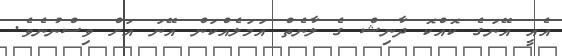
އެއީ އޭނަގެ ކޮއްކޮ ދާނިޝް ގެ ލާނެތް އަމަލެއްކަން އޭނަ އަށް ވިސްނުނެވެ.